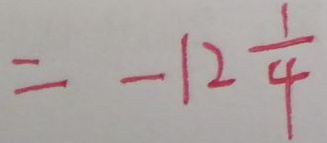
= - 1 2 \frac { 1 } { 4 }